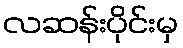
လဆန်းပိုင်းမှ